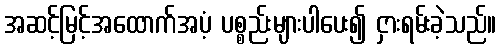
အဆင့်မြင့်အထောက်အပံ့ ပစ္စည်းများပါပေး၍ ငှားရမ်းခဲ့သည်။